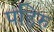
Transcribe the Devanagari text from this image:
पहिरु